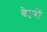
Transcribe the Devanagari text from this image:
वेटरों